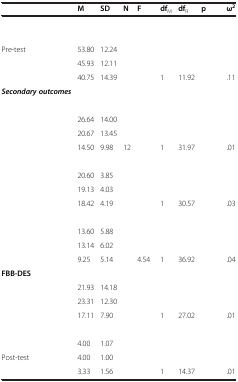
<table><thead><tr><td>[EMPTY_CELL]</td><td><b>M</b></td><td><b>SD</b></td><td><b>N</b></td><td><b>F</b></td><td><b>df<sub>M</sub></b></td><td><b>df<sub>R</sub></b></td><td><b>p</b></td><td><b>ω<sup>2</sup></b></td></tr></thead><tbody><tr><td>[EMPTY_CELL]</td><td>[EMPTY_CELL]</td><td>[EMPTY_CELL]</td><td>[EMPTY_CELL]</td><td>[EMPTY_CELL]</td><td>[EMPTY_CELL]</td><td>[EMPTY_CELL]</td><td>[EMPTY_CELL]</td><td>[EMPTY_CELL]</td></tr><tr><td>[EMPTY_CELL]</td><td>[EMPTY_CELL]</td><td>[EMPTY_CELL]</td><td>[EMPTY_CELL]</td><td>[EMPTY_CELL]</td><td>[EMPTY_CELL]</td><td>[EMPTY_CELL]</td><td>[EMPTY_CELL]</td><td>[EMPTY_CELL]</td></tr><tr><td>Pre-test</td><td>53.80</td><td>12.24</td><td>[EMPTY_CELL]</td><td>[EMPTY_CELL]</td><td>[EMPTY_CELL]</td><td>[EMPTY_CELL]</td><td>[EMPTY_CELL]</td><td>[EMPTY_CELL]</td></tr><tr><td>[EMPTY_CELL]</td><td>45.93</td><td>12.11</td><td>[EMPTY_CELL]</td><td>[EMPTY_CELL]</td><td>[EMPTY_CELL]</td><td>[EMPTY_CELL]</td><td>[EMPTY_CELL]</td><td>[EMPTY_CELL]</td></tr><tr><td>[EMPTY_CELL]</td><td>40.75</td><td>14.39</td><td>[EMPTY_CELL]</td><td>[EMPTY_CELL]</td><td>1</td><td>11.92</td><td>[EMPTY_CELL]</td><td>.11</td></tr><tr><td><b><i>Secondary outcomes</i></b></td><td>[EMPTY_CELL]</td><td>[EMPTY_CELL]</td><td>[EMPTY_CELL]</td><td>[EMPTY_CELL]</td><td>[EMPTY_CELL]</td><td>[EMPTY_CELL]</td><td>[EMPTY_CELL]</td><td>[EMPTY_CELL]</td></tr><tr><td>[EMPTY_CELL]</td><td>[EMPTY_CELL]</td><td>[EMPTY_CELL]</td><td>[EMPTY_CELL]</td><td>[EMPTY_CELL]</td><td>[EMPTY_CELL]</td><td>[EMPTY_CELL]</td><td>[EMPTY_CELL]</td><td>[EMPTY_CELL]</td></tr><tr><td>[EMPTY_CELL]</td><td>26.64</td><td>14.00</td><td>[EMPTY_CELL]</td><td>[EMPTY_CELL]</td><td>[EMPTY_CELL]</td><td>[EMPTY_CELL]</td><td>[EMPTY_CELL]</td><td>[EMPTY_CELL]</td></tr><tr><td>[EMPTY_CELL]</td><td>20.67</td><td>13.45</td><td>[EMPTY_CELL]</td><td>[EMPTY_CELL]</td><td>[EMPTY_CELL]</td><td>[EMPTY_CELL]</td><td>[EMPTY_CELL]</td><td>[EMPTY_CELL]</td></tr><tr><td>[EMPTY_CELL]</td><td>14.50</td><td>9.98</td><td>12</td><td>[EMPTY_CELL]</td><td>1</td><td>31.97</td><td>[EMPTY_CELL]</td><td>.01</td></tr><tr><td>[EMPTY_CELL]</td><td>[EMPTY_CELL]</td><td>[EMPTY_CELL]</td><td>[EMPTY_CELL]</td><td>[EMPTY_CELL]</td><td>[EMPTY_CELL]</td><td>[EMPTY_CELL]</td><td>[EMPTY_CELL]</td><td>[EMPTY_CELL]</td></tr><tr><td>[EMPTY_CELL]</td><td>20.60</td><td>3.85</td><td>[EMPTY_CELL]</td><td>[EMPTY_CELL]</td><td>[EMPTY_CELL]</td><td>[EMPTY_CELL]</td><td>[EMPTY_CELL]</td><td>[EMPTY_CELL]</td></tr><tr><td>[EMPTY_CELL]</td><td>19.13</td><td>4.03</td><td>[EMPTY_CELL]</td><td>[EMPTY_CELL]</td><td>[EMPTY_CELL]</td><td>[EMPTY_CELL]</td><td>[EMPTY_CELL]</td><td>[EMPTY_CELL]</td></tr><tr><td>[EMPTY_CELL]</td><td>18.42</td><td>4.19</td><td>[EMPTY_CELL]</td><td>[EMPTY_CELL]</td><td>1</td><td>30.57</td><td>[EMPTY_CELL]</td><td>.03</td></tr><tr><td>[EMPTY_CELL]</td><td>[EMPTY_CELL]</td><td>[EMPTY_CELL]</td><td>[EMPTY_CELL]</td><td>[EMPTY_CELL]</td><td>[EMPTY_CELL]</td><td>[EMPTY_CELL]</td><td>[EMPTY_CELL]</td><td>[EMPTY_CELL]</td></tr><tr><td>[EMPTY_CELL]</td><td>13.60</td><td>5.88</td><td>[EMPTY_CELL]</td><td>[EMPTY_CELL]</td><td>[EMPTY_CELL]</td><td>[EMPTY_CELL]</td><td>[EMPTY_CELL]</td><td>[EMPTY_CELL]</td></tr><tr><td>[EMPTY_CELL]</td><td>13.14</td><td>6.02</td><td>[EMPTY_CELL]</td><td>[EMPTY_CELL]</td><td>[EMPTY_CELL]</td><td>[EMPTY_CELL]</td><td>[EMPTY_CELL]</td><td>[EMPTY_CELL]</td></tr><tr><td>[EMPTY_CELL]</td><td>9.25</td><td>5.14</td><td>[EMPTY_CELL]</td><td>4.54</td><td>1</td><td>36.92</td><td>[EMPTY_CELL]</td><td>.04</td></tr><tr><td><b>FBB-DES</b></td><td>[EMPTY_CELL]</td><td>[EMPTY_CELL]</td><td>[EMPTY_CELL]</td><td>[EMPTY_CELL]</td><td>[EMPTY_CELL]</td><td>[EMPTY_CELL]</td><td>[EMPTY_CELL]</td><td>[EMPTY_CELL]</td></tr><tr><td>[EMPTY_CELL]</td><td>21.93</td><td>14.18</td><td>[EMPTY_CELL]</td><td>[EMPTY_CELL]</td><td>[EMPTY_CELL]</td><td>[EMPTY_CELL]</td><td>[EMPTY_CELL]</td><td>[EMPTY_CELL]</td></tr><tr><td>[EMPTY_CELL]</td><td>23.31</td><td>12.30</td><td>[EMPTY_CELL]</td><td>[EMPTY_CELL]</td><td>[EMPTY_CELL]</td><td>[EMPTY_CELL]</td><td>[EMPTY_CELL]</td><td>[EMPTY_CELL]</td></tr><tr><td>[EMPTY_CELL]</td><td>17.11</td><td>7.90</td><td>[EMPTY_CELL]</td><td>[EMPTY_CELL]</td><td>1</td><td>27.02</td><td>[EMPTY_CELL]</td><td>.01</td></tr><tr><td>[EMPTY_CELL]</td><td>[EMPTY_CELL]</td><td>[EMPTY_CELL]</td><td>[EMPTY_CELL]</td><td>[EMPTY_CELL]</td><td>[EMPTY_CELL]</td><td>[EMPTY_CELL]</td><td>[EMPTY_CELL]</td><td>[EMPTY_CELL]</td></tr><tr><td>[EMPTY_CELL]</td><td>4.00</td><td>1.07</td><td>[EMPTY_CELL]</td><td>[EMPTY_CELL]</td><td>[EMPTY_CELL]</td><td>[EMPTY_CELL]</td><td>[EMPTY_CELL]</td><td>[EMPTY_CELL]</td></tr><tr><td>Post-test</td><td>4.00</td><td>1.00</td><td>[EMPTY_CELL]</td><td>[EMPTY_CELL]</td><td>[EMPTY_CELL]</td><td>[EMPTY_CELL]</td><td>[EMPTY_CELL]</td><td>[EMPTY_CELL]</td></tr><tr><td>[EMPTY_CELL]</td><td>3.33</td><td>1.56</td><td>[EMPTY_CELL]</td><td>[EMPTY_CELL]</td><td>1</td><td>14.37</td><td>[EMPTY_CELL]</td><td>.01</td></tr></tbody></table>